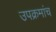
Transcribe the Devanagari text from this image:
उपक्रमांच